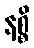
နစ္စိ